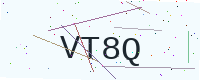
Text: VT8Q